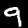
Label: 9